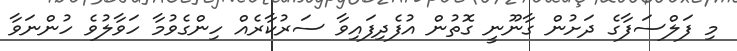
މި ފަލްސަފާގެ ދަށުން ގާނޫނީ ގޮތުން އުފެދިފައިވާ ސަރުކާރެއް ހިންގެވުމާ ހަވާލުވެ ހުންނަވާ